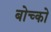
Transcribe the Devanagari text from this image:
बोच्को